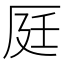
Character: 𠩢